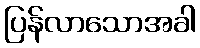
ပြန်လာသောအခါ